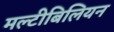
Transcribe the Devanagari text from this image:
मल्टीबिलियन